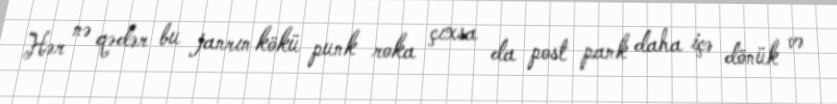
Hər nə qədər bu janrın kökü punk roka çıxsa da post pank daha içə dönük və